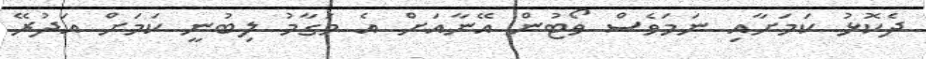
ދެކޮޅު ކަމަށާއި ނަމަވެސް ވޯޓުން އޭނާއަށް އެ މަގާމު ލިބުނީ ކަމަށް އަދުރޭ